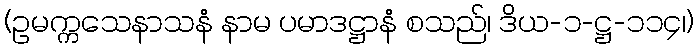
(ဥမက္ကသေနာသနံ နာမ ပမာဒဋ္ဌာနံ စသည်၊ ဒိယ-၁-ဋ္ဌ-၁၁၄၊)